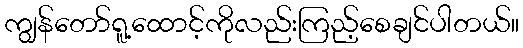
ကျွန်တော်ရူ့ထောင့်ကိုလည်းကြည့်စေချင်ပါတယ်။